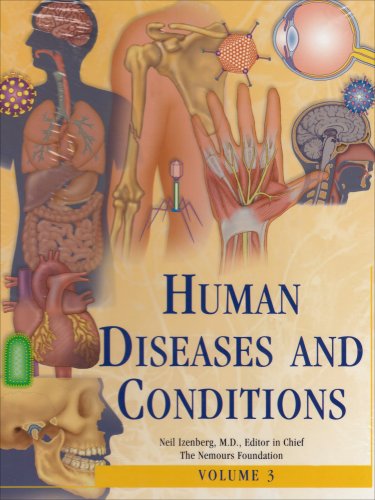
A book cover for Human Diseases and Conditions - 3-vol. set; Scribner; Health, Fitness & Dieting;